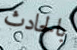
بالحادث